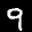
Label: 9